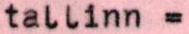
tallinn =